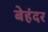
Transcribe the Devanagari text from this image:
बेहंदर